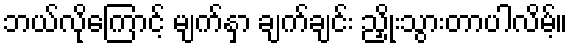
ဘယ်လိုကြောင့် မျက်နှာ ချက်ချင်း ညှိုးသွားတာပါလိမ့်။